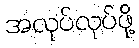
အလုပ်လုပ်ဖို့